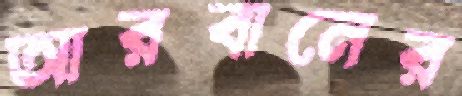
আরবানের